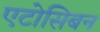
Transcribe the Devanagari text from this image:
एटोसिबन